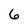
Character: 6